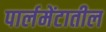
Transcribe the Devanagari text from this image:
पार्लमेंटातील